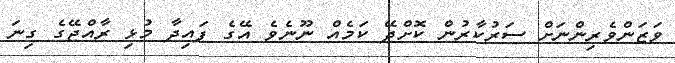
ވަޒަންވެރިންނަށް ސަރުކާރުން ކޮށްދޭ ކަމެއް ނޫނެވެ އޭގެ ފައިދާ މުޅި ރާއްޖޭގެ ގިނަ